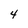
Character: 4